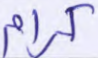
كرام